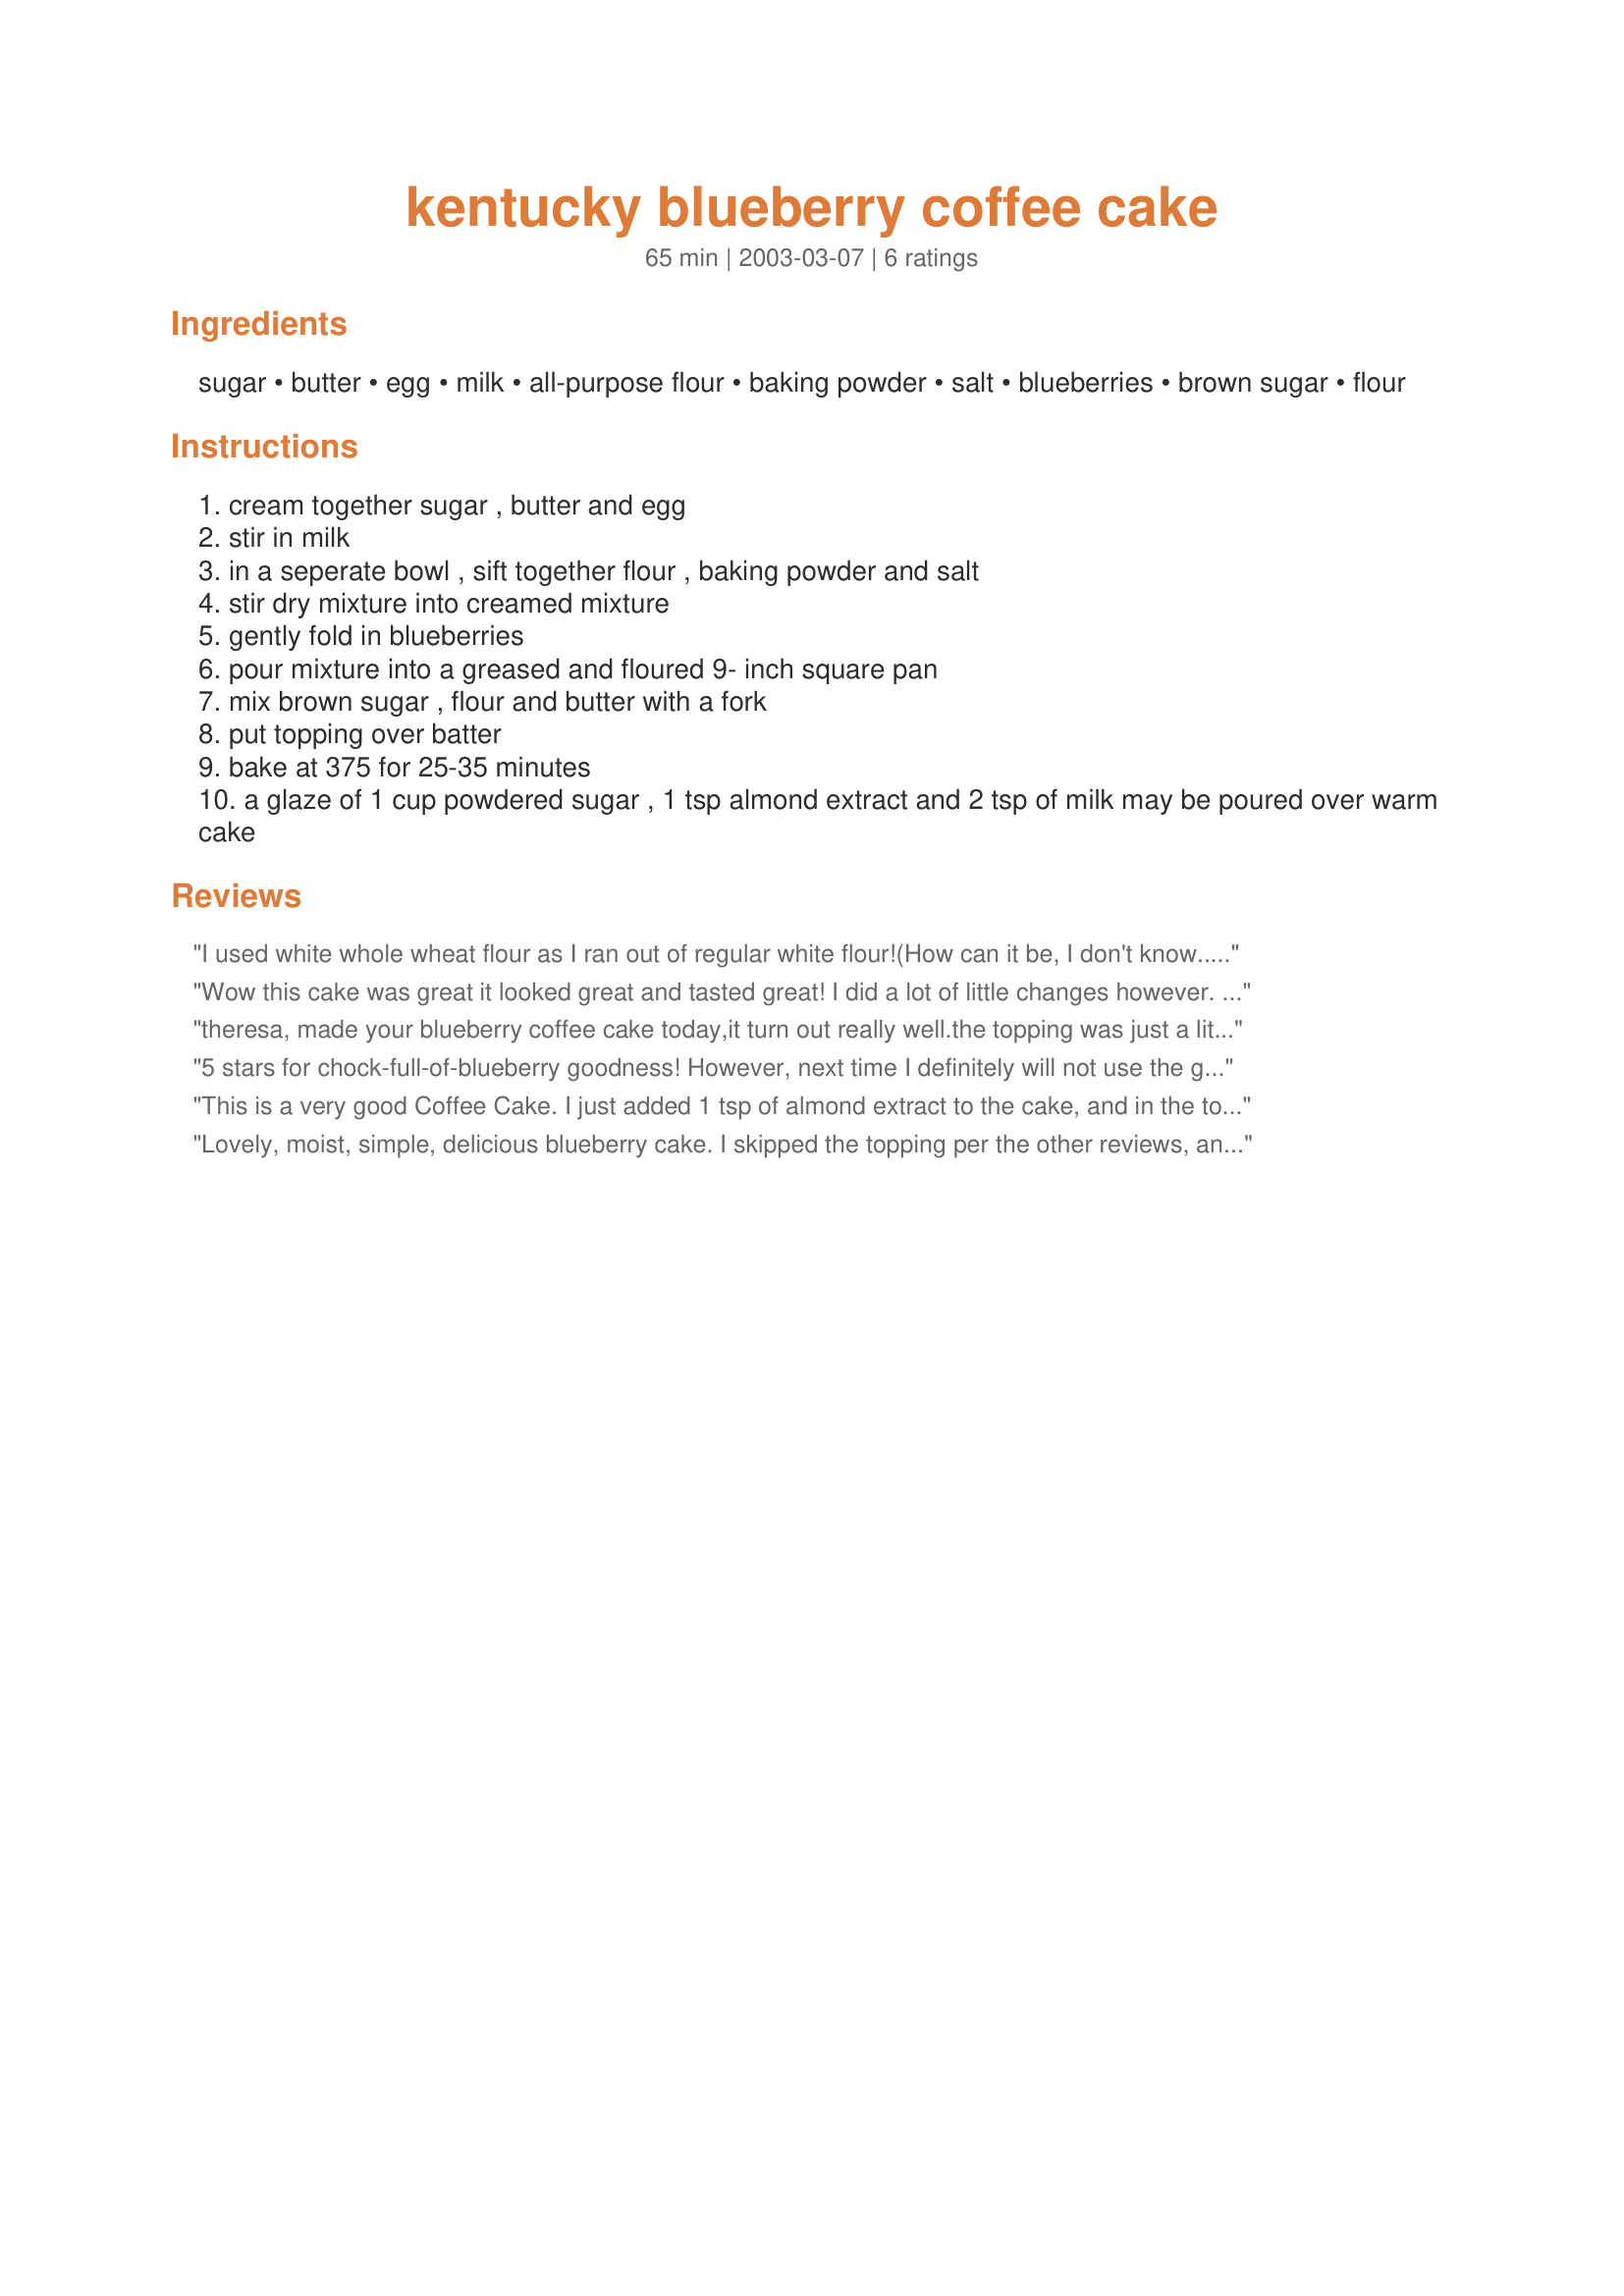
kentucky blueberry coffee cake
Preparation time: 65 minutes

Ingredients:
sugar, butter, egg, milk, all-purpose flour, baking powder, salt, blueberries, brown sugar, flour

Steps:
cream together sugar , butter and egg
stir in milk
in a seperate bowl , sift together flour , baking powder and salt
stir dry mixture into creamed mixture
gently fold in blueberries
pour mixture into a greased and floured 9- inch square pan
mix brown sugar , flour and butter with a fork
put topping over batter
bake at 375 for 25-35 minutes
a glaze of 1 cup powdered sugar , 1 tsp almond extract and 2 tsp of milk may be poured over warm cake

Reviews:
I used white whole wheat flour as I ran out of regular white flour!(How can it be, I don't know...) But I creamed the butter with sugar by the time I realized it so I took a chance. Then, I misread the directions and I baked it in the round 9 inch pan... Well, it still came out good - I had to bake it 40 minutes or so, however.
Wow this cake was great it looked great and tasted great! I did a lot of little changes however. I used self rising flour (all i had) but still put salt and baking powder in. I only used 1 cup of blueberries (per husbands request). Then in the topping I added about 1/2 tsp of cinnamon.
Then finally in glaze I used 1/2 tsp almond extract and with a little extra milk! 
Baked in 8 in. square for about 40 min! Thanks for posting!
theresa,
made your blueberry coffee cake today,it turn out really well.the topping was just a little to sweet for me,i think next time that i make it( which i will!!!) that i'm going to just use 3/4 cup of brown sugar in the topping.but,other than that i'm not going to change a thing.my son really liked it.thank you again.
5 stars for chock-full-of-blueberry goodness! However, next time I definitely will not use the glaze (step 11). The addition of the glaze made it WAY too sweet and rich - I think it would have been just perfect without. I needed 35 minutes in my oven for doneness.
This is a very good Coffee Cake. I just added 1 tsp of almond extract to the cake, and in the topping I used 3/4 cup brown sugar, a little more flour, and a little oatmeal to make it crumbly. Will make it again for sure.
Lovely, moist, simple, delicious blueberry cake. I skipped the topping per the other reviews, and it's great! I might add some lemon zest next time, since I love lemon with blueberry, but it's great just this way. Thanks for posting it!
